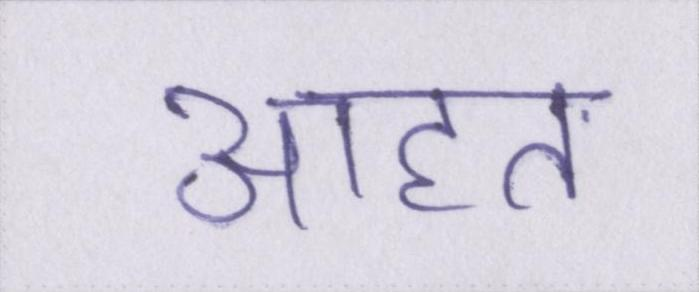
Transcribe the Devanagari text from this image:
आहत